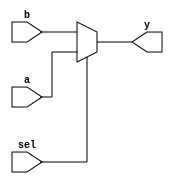
`timescale 1ns / 1ps
//////////////////////////////////////////////////////////////////////////////////
// Company: 
// Engineer: 
// 
// Design Name: 
// Module Name:    fivebit_mux 
// Project Name: 
// Target Devices: 
// Tool versions: 
// Description: 
//
// Dependencies: 
//
// Revision: 
// Revision 0.01 - File Created
// Additional Comments: 
//
//////////////////////////////////////////////////////////////////////////////////
module fivebit_mux(
output   wire [4:0] y,
input    wire [4:0] a, b,
input    wire sel
);
	
   assign
y = sel ? a : b;
endmodule